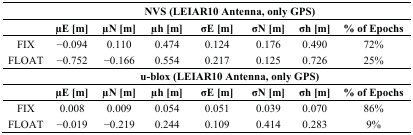
|  | <COLSPAN=7> NVS (LEIAR10 Antenna, only GPS) |
 |  | μE [m] | μN [m] | μh [m] | σE [m] | σN [m] | σh [m] | %of Epochs |
 | --- | --- | --- | --- | --- | --- | --- | --- |
 | FIX | −0.094 | 0.110 | 0.474 | 0.124 | 0.176 | 0.490 | 72% |
 | FLOAT | −0.752 | −0.166 | 0.554 | 0.217 | 0.125 | 0.726 | 25% |
 |  | <COLSPAN=7> u-blox (LEIAR10 Antenna, only GPS) |
 |  | μE [m] | μN [m] | μh [m] | σE [m] | σN [m] | σh [m] | %of Epochs |
 | FIX | 0.008 | 0.009 | 0.054 | 0.051 | 0.039 | 0.070 | 86% |
 | FLOAT | −0.019 | −0.219 | 0.244 | 0.109 | 0.414 | 0.283 | 9% |